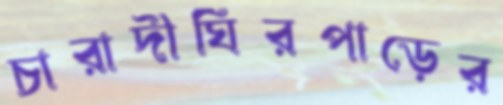
চারাদীঘিরপাড়ের